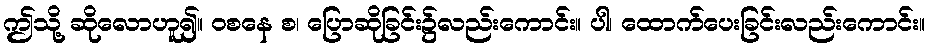
ဤသို့ ဆိုလောဟူ၍။ ဝစနေ စ၊ ပြောဆိုခြင်း၌လည်းကောင်း။ ပါ၊ ထောက်ပေးခြင်းလည်းကောင်း။